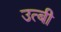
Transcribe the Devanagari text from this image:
उत्बी